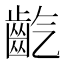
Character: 𪗟